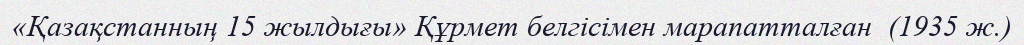
«Қазақстанның 15 жылдығы» Құрмет белгісімен марапатталған  (1935 ж.)